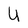
Character: U